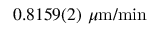
0 . 8 1 5 9 ( 2 ) ~ \mu \mathrm { m / m i n }